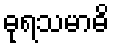
ဓုရသမာဓိ